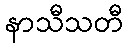
နာသီသတီ